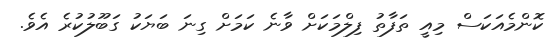
ކޮންމެއަކަސް މިއީ ތަފާތު ފިލްމަކަށް ވާނެ ކަމަށް ގިނަ ބަޔަކު ގަބޫލުކުރެ އެވެ.